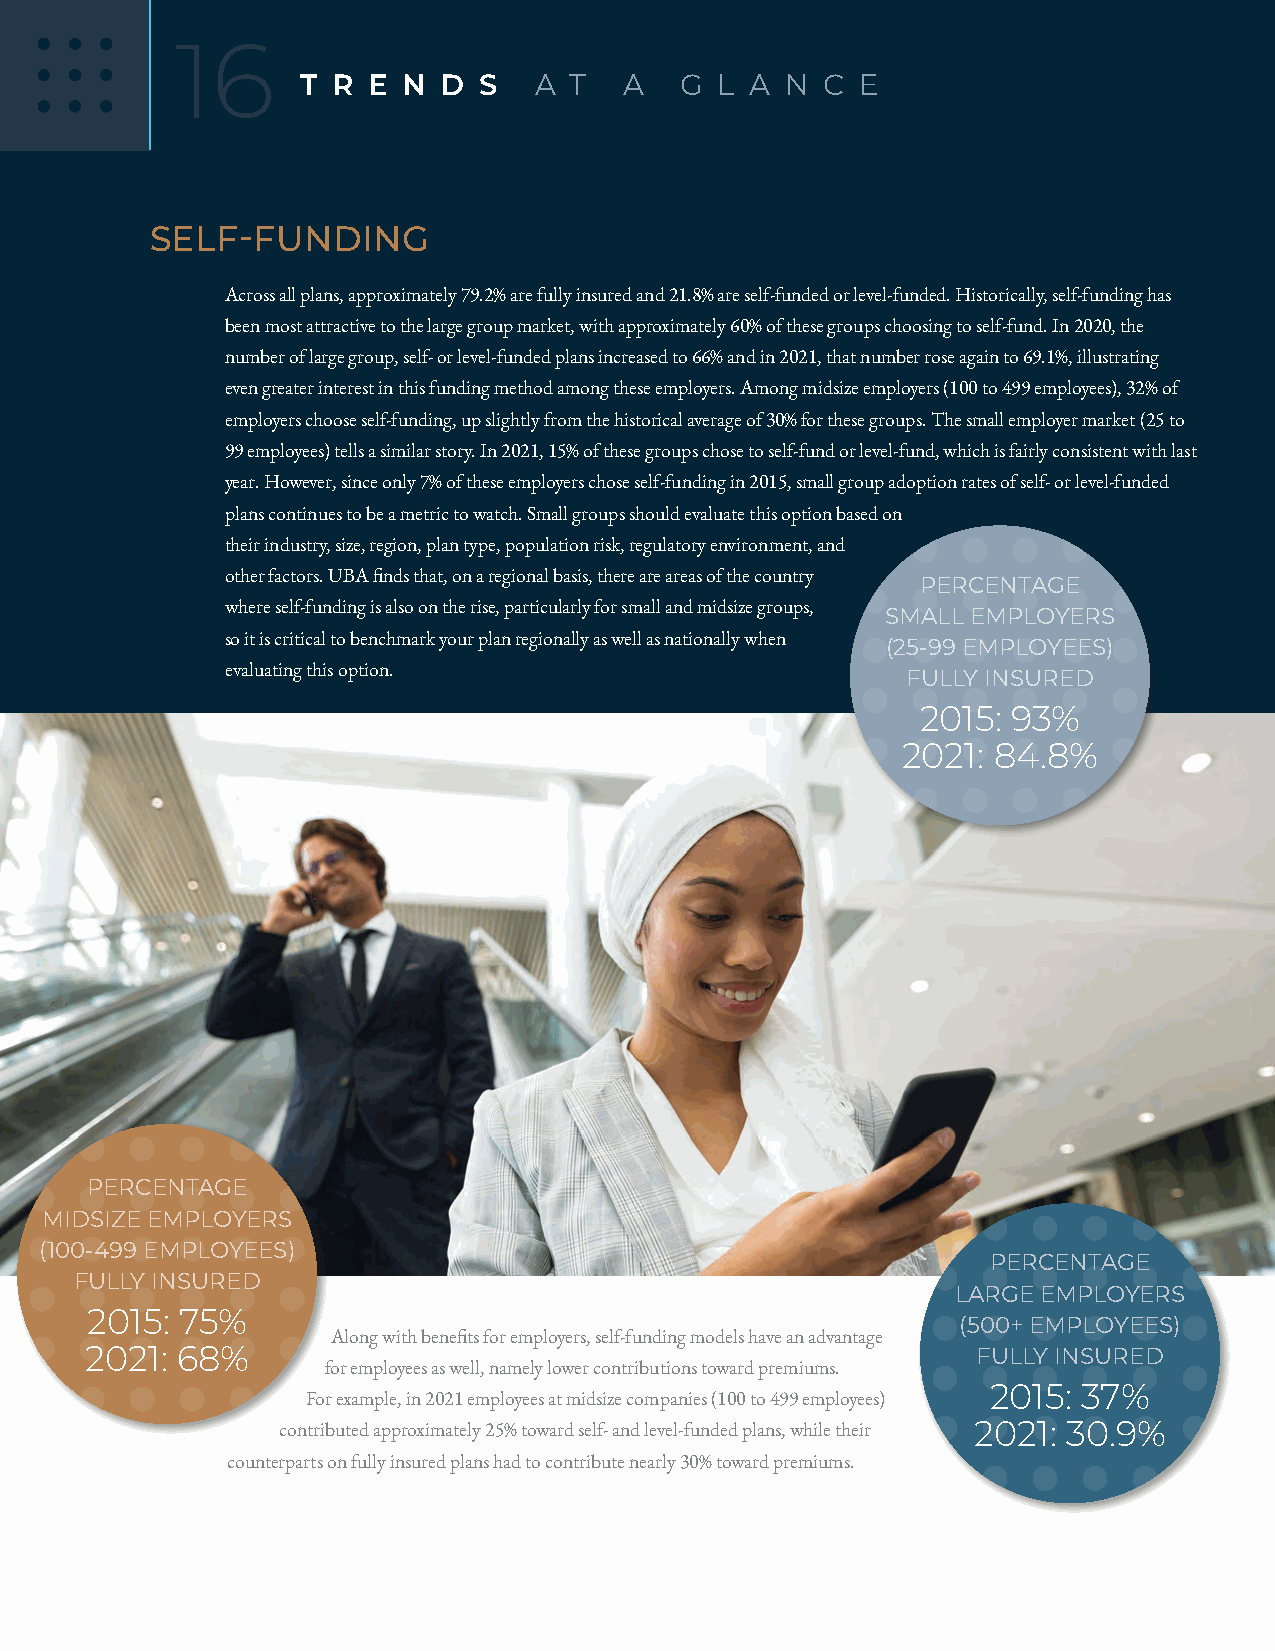
16
 T R E  N D  S  A  T  A   G  L A N C  E
 SELF-FUNDING
 Across all plans, approximately 79.2% are fully insured and 21.8% are self-funded or level-funded. Historically, self-funding has
 been most attractive to the large group market, with approximately 60% of these groups choosing to self-fund. In 2020, the
 number of large group, self- or level-funded plans increased to 66% and in 2021, that number rose again to 69.1%, illustrating
 even greater interest in this funding method among these employers. Among midsize employers (100 to 499 employees), 32% of
 employers choose self-funding, up slightly from the historical average of 30% for these groups. The small employer market (25 to
 99 employees) tells a similar story. In 2021, 15% of these groups chose to self-fund or level-fund, which is fairly consistent with last
 year. However, since only 7% of these employers chose self-funding in 2015, small group adoption rates of self- or level-funded
 plans continues to be a metric to watch. Small groups should evaluate this option based on
 their industry, size, region, plan type, population risk, regulatory environment, and
 other factors. UBA finds that, on a regional basis, there are areas of the country
 PERCENTAGE
 where self-funding is also on the rise, particularly for small and midsize groups,
 SMALL EMPLOYERS
 so it is critical to benchmark your plan regionally as well as nationally when
 (25-99 EMPLOYEES)
 evaluating this option.
 FULLY INSURED
 2015: 93%
 2021: 84.8%
 PERCENTAGE
 MIDSIZE EMPLOYERS
 (100-499 EMPLOYEES)
 PERCENTAGE
 FULLY INSURED
 LARGE EMPLOYERS
 2015: 75%
 (500+ EMPLOYEES)
 Along with benefits for employers, self-funding models have an advantage
 2021: 68%                                                  FULLY INSURED
 for employees as well, namely lower contributions toward premiums.
 2015: 37%
 For example, in 2021 employees at midsize companies (100 to 499 employees)
 contributed approximately 25% toward self- and level-funded plans, while their 2021: 30.9%
 counterparts on fully insured plans had to contribute nearly 30% toward premiums.